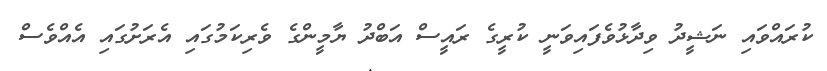
ކުރައްވައި ނަޝީދު ވިދާޅުވެފައިވަނީ ކުރީގެ ރައީސް އަބްދު ޔާމީންގެ ވެރިކަމުގައި އެރަށުގައި އެއްވެސް